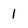
Character: 1